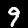
Digit: 9